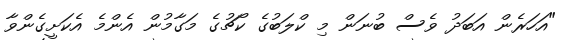
"އަހަރެން އަބަދު ވެސް ބުނަން މި ކްލަބުގެ ކޯޗުގެ މަގާމުން އެންމެ އެކަށީގެންވާ